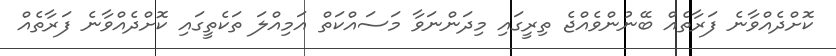
ކޮށްދެއްވާނެ ފަރާތެއް ބޭނުންވެއްޖެ ތިރީގައި މިދަންނަވާ މަސައްކަތް އަމިއްލަ ތަކެތީގައި ކޮށްދެއްވާނެ ފަރާތެއް